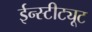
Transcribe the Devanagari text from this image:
ईन्स्टीट्यूट